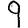
Digit: 9